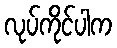
လုပ်ကိုင်ပါက